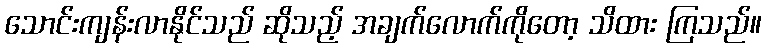
သောင်းကျန်းလာနိုင်သည် ဆိုသည့် အချက်လောက်ကိုတော့ သိထား ကြသည်။